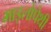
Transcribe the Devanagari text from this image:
माइलोपेथी